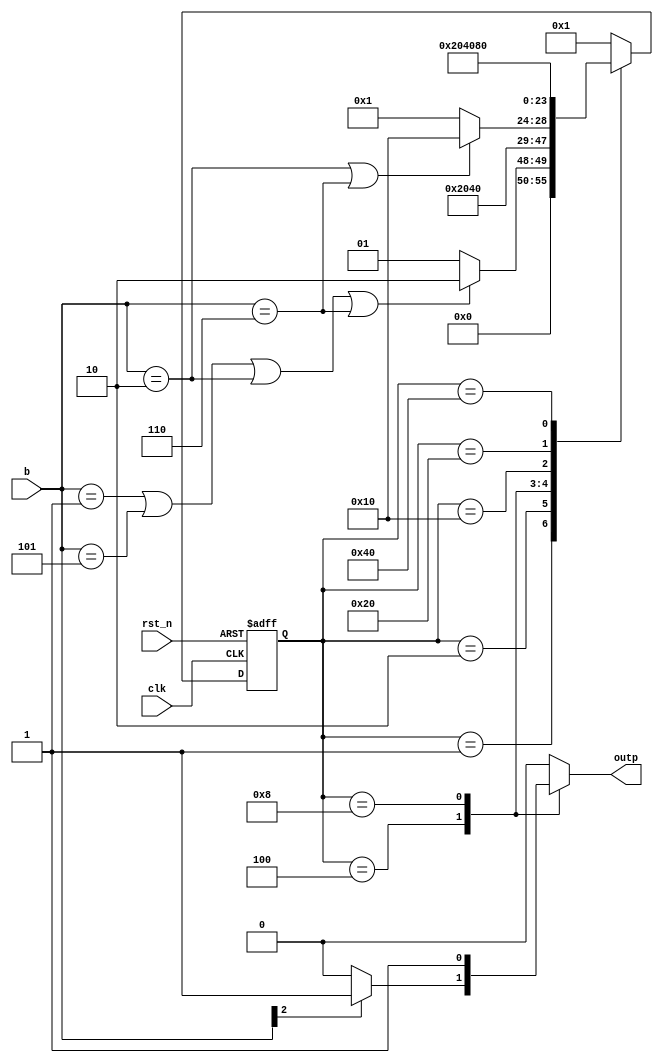
/***************************
    Elvis Chino-Islas
    ECE 527L - LAB5
    Spring 2022
***************************/
`ifndef state_machine
`define state_machine

`timescale 1ns/100ps

module state_machine ( 
    clk,
    rst_n,
    b,
    outp
);

input clk;
input rst_n;
input [3:1] b;
output reg outp;

// state encoding - one-hot
localparam S0 = 8'h01;
localparam S1 = 8'h02;
localparam S2 = 8'h04;
localparam S3 = 8'h08;
localparam S4 = 8'h10;
localparam S5 = 8'h20;
localparam S6 = 8'h40;
localparam S7 = 8'h80;

// input combinations
localparam B1	 = 3'b001; // 0001
localparam B3B1	 = 3'b101; // 0011
localparam B2	 = 3'b010; // 0000 0001
localparam B3B2	 = 3'b110; // 0000 0011


reg [7:0] pr_state, nx_state;

// the combinational calculated nx_state is assigned sequentially to pr_state
always @(posedge clk, negedge rst_n) begin : STATE_ASSIGNMENT
    if (~rst_n) begin
        pr_state <= S0;
    end else begin
        pr_state <= nx_state;
    end
end

// the nx_state is calculated combinatorially
always @(*) begin: NEXT_STATE_LOGIC
    case (pr_state)
        S0: 
            if ( b == B1 || b == B3B1 || b == B2 || b == B3B2 ) begin
                nx_state = S1;
            end

            else begin
                nx_state = S0;
            end
        S1:
            nx_state = S2;
        S2:
            nx_state = S3;
        S3:
            if (b == B2 || b == B3B2) begin
                nx_state = S4;
            end

            else begin
                nx_state = S0;
            end
        S4:
            nx_state = S5;
        S5:
            nx_state = S6;
        S6:
            nx_state = S7;
        S7:
            nx_state = S0;
        default:
            nx_state = S0;
    endcase
end

// output is determined combinatorially
always @(*) begin: OUTPUT_LOGIC
    case (pr_state)
        S2:
            if (b[3]) begin
                outp = 1;
            end
            else begin
                outp = 0;
            end
        S3:
            outp = 1; 
        default:
            outp = 0;
    endcase
end
endmodule
`endif